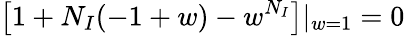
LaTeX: \left[1+N_{I}(-1+w)-w^{N_{I}}\right]|_{w=1}=0